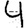
Digit: 4